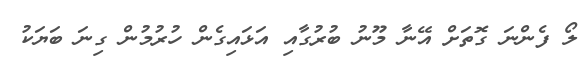
ލޯ ފެންނަ ގޮތަށް އޭނާ މޫނު ބުރުގާއި އަޅައިގެން ހުރުމުން ގިނަ ބަޔަކު